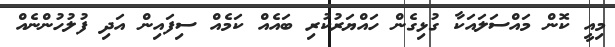
މިއީ ކޮން މައްސަލައަކާ ގުޅިގެން ހައްޔަރުކުރި ބައެއް ކަމެއް ސިފައިން އަދި ފުލުހުންނެއް